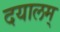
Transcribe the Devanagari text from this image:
दयालम्